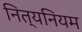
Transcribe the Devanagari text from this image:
नित्यनियम